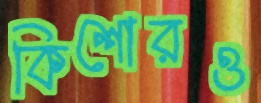
কিশোরও